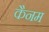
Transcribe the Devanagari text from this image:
कैनम